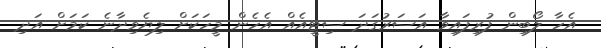
އެހާ ލޯބިން ފުރިފައިވާ އަސަރުގަދަ ސިޓީއެއް އެހެން މީހަކަށް ލިޔެވިދާނެ ކަމަށް އަދި